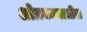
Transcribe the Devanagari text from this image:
ओतकामातील